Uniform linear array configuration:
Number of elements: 64
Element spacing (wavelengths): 1
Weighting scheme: binomial
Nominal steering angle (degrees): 30
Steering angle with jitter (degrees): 30.26
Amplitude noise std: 0.05
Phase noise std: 0.05

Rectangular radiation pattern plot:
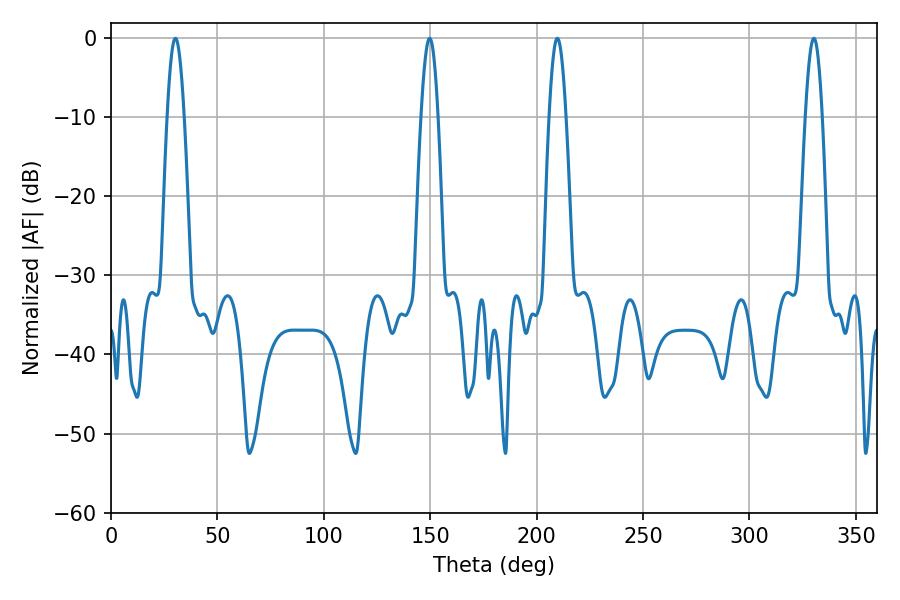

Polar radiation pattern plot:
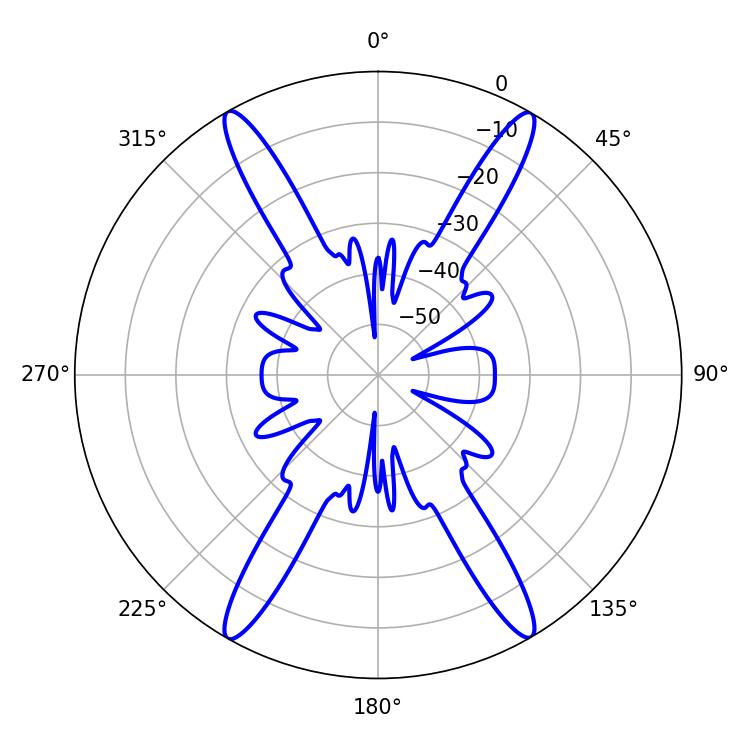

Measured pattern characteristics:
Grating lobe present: TRUE
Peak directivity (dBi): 30.517
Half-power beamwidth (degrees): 4.32
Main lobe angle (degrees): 30.24